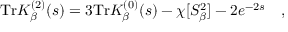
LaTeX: \mathrm { T r } K _ { \beta } ^ { ( 2 ) } ( s ) = 3 \mathrm { T r } K _ { \beta } ^ { ( 0 ) } ( s ) - \chi [ S _ { \beta } ^ { 2 } ] - 2 e ^ { - 2 s } ~ ~ ~ ,